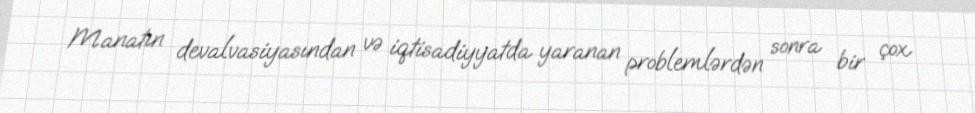
Manatın devalvasiyasından və iqtisadiyyatda yaranan problemlərdən sonra bir çox